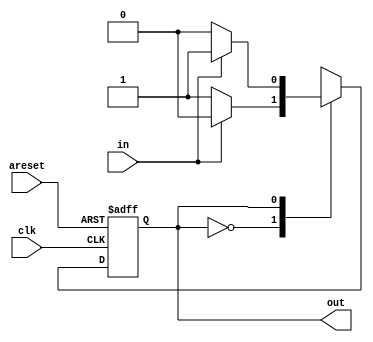
module top_module(
    input clk,
    input areset,
    input in,
    output out);  

    parameter A = 1'b0, B = 1'b1; 
    reg state, next_state;

    always @(*)  
        case (state)
            A: next_state = in ? A : B;
            B: next_state = in ? B : A;
        endcase

    always @(posedge clk, posedge areset)
        if (areset)
            state = B;
        else
            state = next_state;

    assign out = (state == B);
endmodule